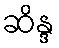
ဆိန္ဒ